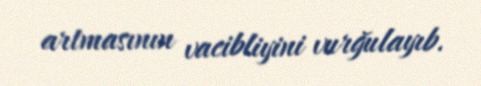
artmasının vacibliyini vurğulayıb.